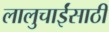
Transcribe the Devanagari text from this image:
लालुचाईंसाठीं